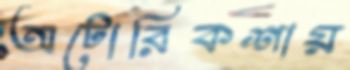
অটোরিকশায়